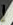
إ